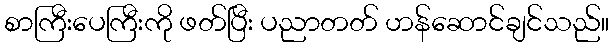
စာကြီးပေကြီးကို ဖတ်ပြီး ပညာတတ် ဟန်ဆောင်ချင်သည်။